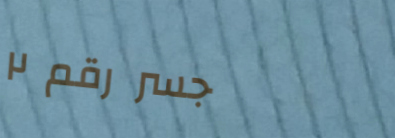
جسر رقم ٢